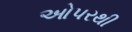
ઓપરથી